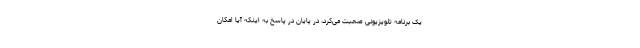
یک برنامه تلویزیونی صحبت می‌کرد، در پایان در پاسخ به اینکه آیا امکان